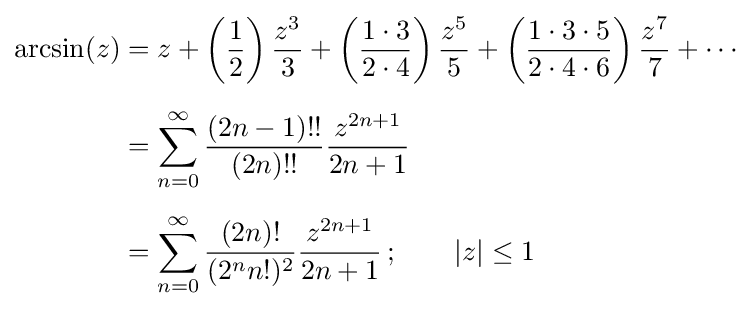
{\begin{aligned}\arcsin(z)&=z+\left({\frac {1}{2}}\right){\frac {z^{3}}{3}}+\left({\frac {1\cdot 3}{2\cdot 4}}\right){\frac {z^{5}}{5}}+\left({\frac {1\cdot 3\cdot 5}{2\cdot 4\cdot 6}}\right){\frac {z^{7}}{7}}+\cdots \\[5pt]&=\sum _{n=0}^{\infty }{\frac {(2n-1)!!}{(2n)!!}}{\frac {z^{2n+1}}{2n+1}}\\[5pt]&=\sum _{n=0}^{\infty }{\frac {(2n)!}{(2^{n}n!)^{2}}}{\frac {z^{2n+1}}{2n+1}}\,;\qquad |z|\leq 1\end{aligned}}